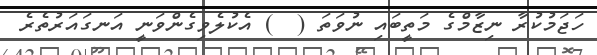
ހަޖަމުކުރާ ނިޒާމްގެ މަތީބައި ނުވަތަ (  ) އެކުލެވިގެންވަނީ އަނގައަރުތެރެ